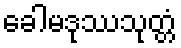
ခေါမဒုဿသုတ္တံ